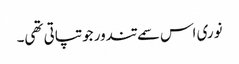
نوری اس سمے تندور جو تپاتی تھی۔